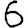
Digit: 6